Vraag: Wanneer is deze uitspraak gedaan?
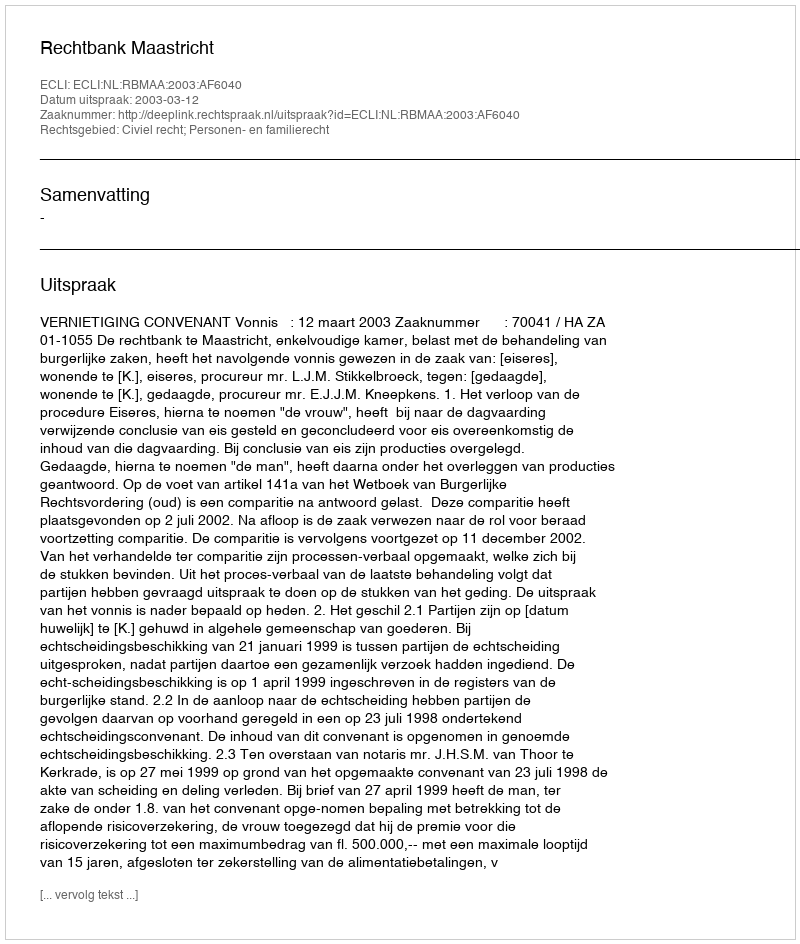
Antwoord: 2003-03-12